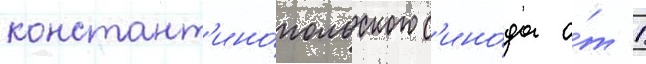
констант'ино́польского с'ино́да о́т 1